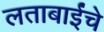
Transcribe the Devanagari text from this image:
लताबाईंचे